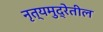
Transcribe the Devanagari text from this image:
नृत्यमुद्रेतील